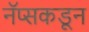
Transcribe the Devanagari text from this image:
नॅप्सकडून